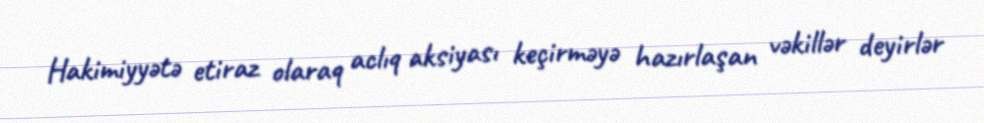
Hakimiyyətə etiraz olaraq aclıq aksiyası keçirməyə hazırlaşan vəkillər deyirlər